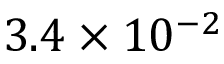
3 . 4 \times 1 0 ^ { - 2 }